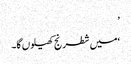
’
‘میں شطرنج کھیلوں گا۔